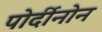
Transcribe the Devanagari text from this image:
पोर्दीनोन